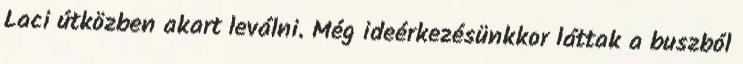
Laci útközben akart leválni. Még ideérkezésünkkor láttak a buszból